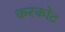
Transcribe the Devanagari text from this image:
करकोट